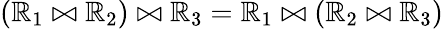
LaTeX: (\mathbb{R}_{1}\bowtie\mathbb{R}_{2})\bowtie\mathbb{R}_{3}=\mathbb{R}_{1}\bowtie(\mathbb{R}_{2}\bowtie\mathbb{R}_{3})